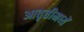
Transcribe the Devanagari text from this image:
आवृत्तीमध्यें